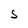
Character: S